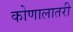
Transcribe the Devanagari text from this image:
कोणालातरी